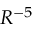
R ^ { - 5 }